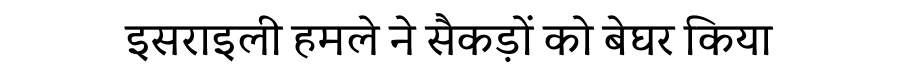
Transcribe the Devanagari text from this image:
इसराइली हमले ने सैकड़ों को बेघर किया